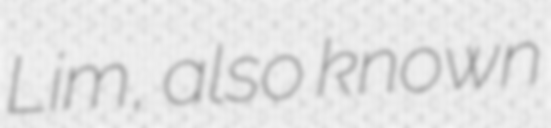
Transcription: Lim, also known